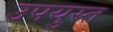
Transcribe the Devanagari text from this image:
उपयुस्त